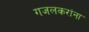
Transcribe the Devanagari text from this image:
गजलकरांना